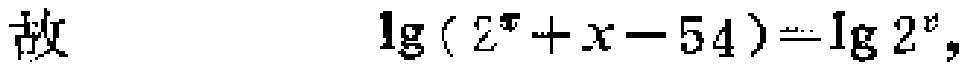
故\(\lg(2^{x}+x - 54)=\lg2^{x}\)，